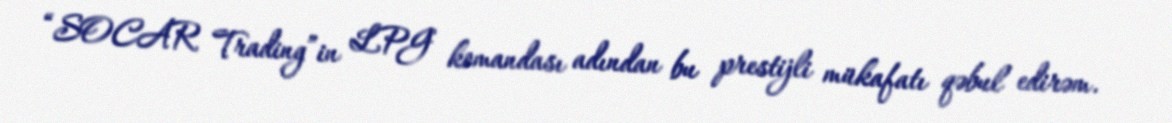
“SOCAR Trading”in LPG komandası adından bu prestijli mükafatı qəbul edirəm.